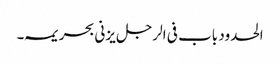
الحدود باب فی الرجل یزنی بحریمہ ۔